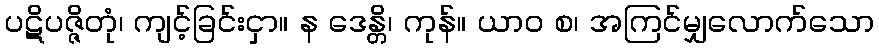
ပဋိပဇ္ဇိတုံ၊ ကျင့်ခြင်းငှာ။ န ဒေန္တိ၊ ကုန်။ ယာဝ စ၊ အကြင်မျှလောက်သော